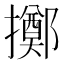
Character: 擲